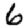
Digit: 6